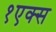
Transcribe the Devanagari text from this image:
१एक्स